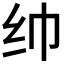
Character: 𱺒